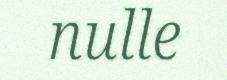
nulle